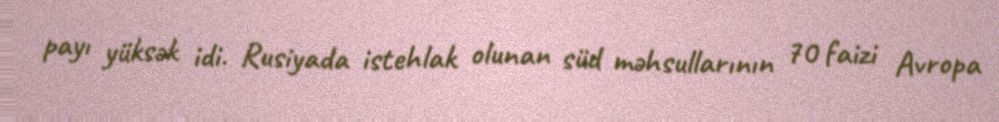
payı yüksək idi. Rusiyada istehlak olunan süd məhsullarının 70 faizi Avropa